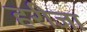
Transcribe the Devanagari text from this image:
हरीजा